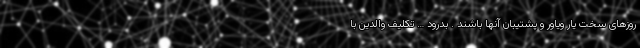
روزهای سخت یار ویاور و پشتیبان آنها باشند . بدرود … تکلیف والدین با